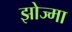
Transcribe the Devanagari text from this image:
झोज्मा